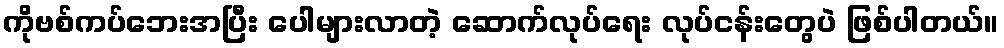
ကိုဗစ်ကပ်ဘေးအပြီး ပေါများလာတဲ့ ဆောက်လုပ်ရေး လုပ်ငန်းတွေပဲ ဖြစ်ပါတယ်။